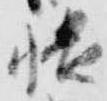
張